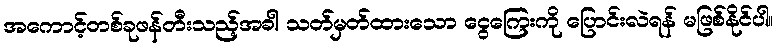
အကောင့်တစ်ခုဖန်တီးသည့်အခါ သတ်မှတ်ထားသော ငွေကြေးကို ပြောင်းလဲရန် မဖြစ်နိုင်ပါ။